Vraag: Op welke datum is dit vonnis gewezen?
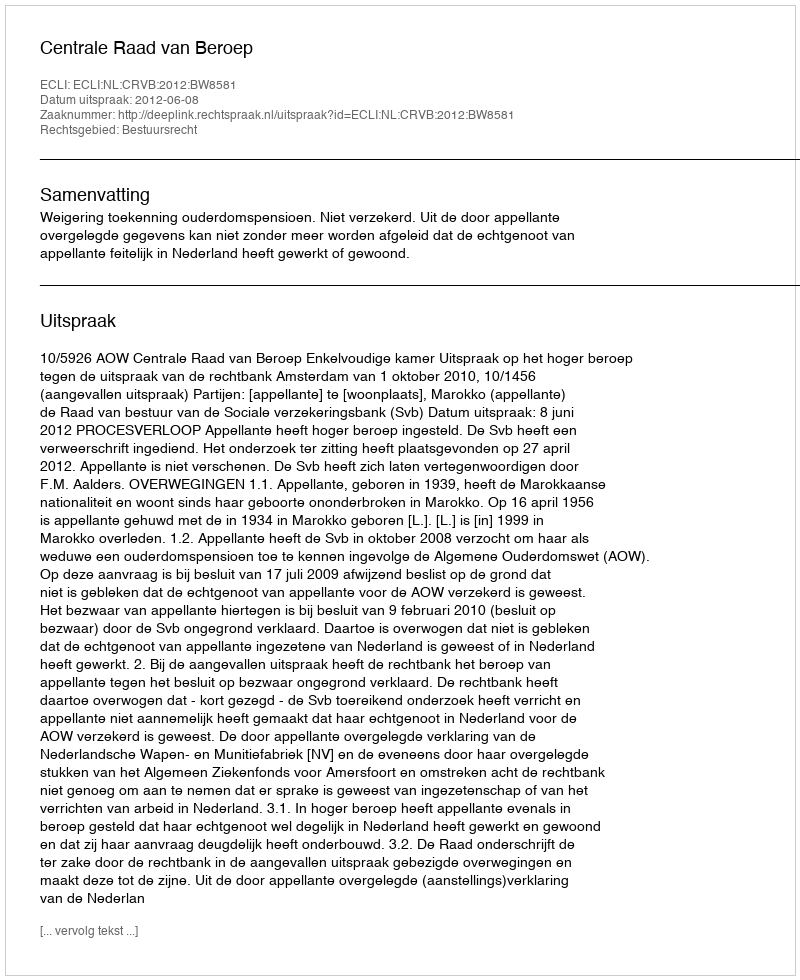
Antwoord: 2012-06-08